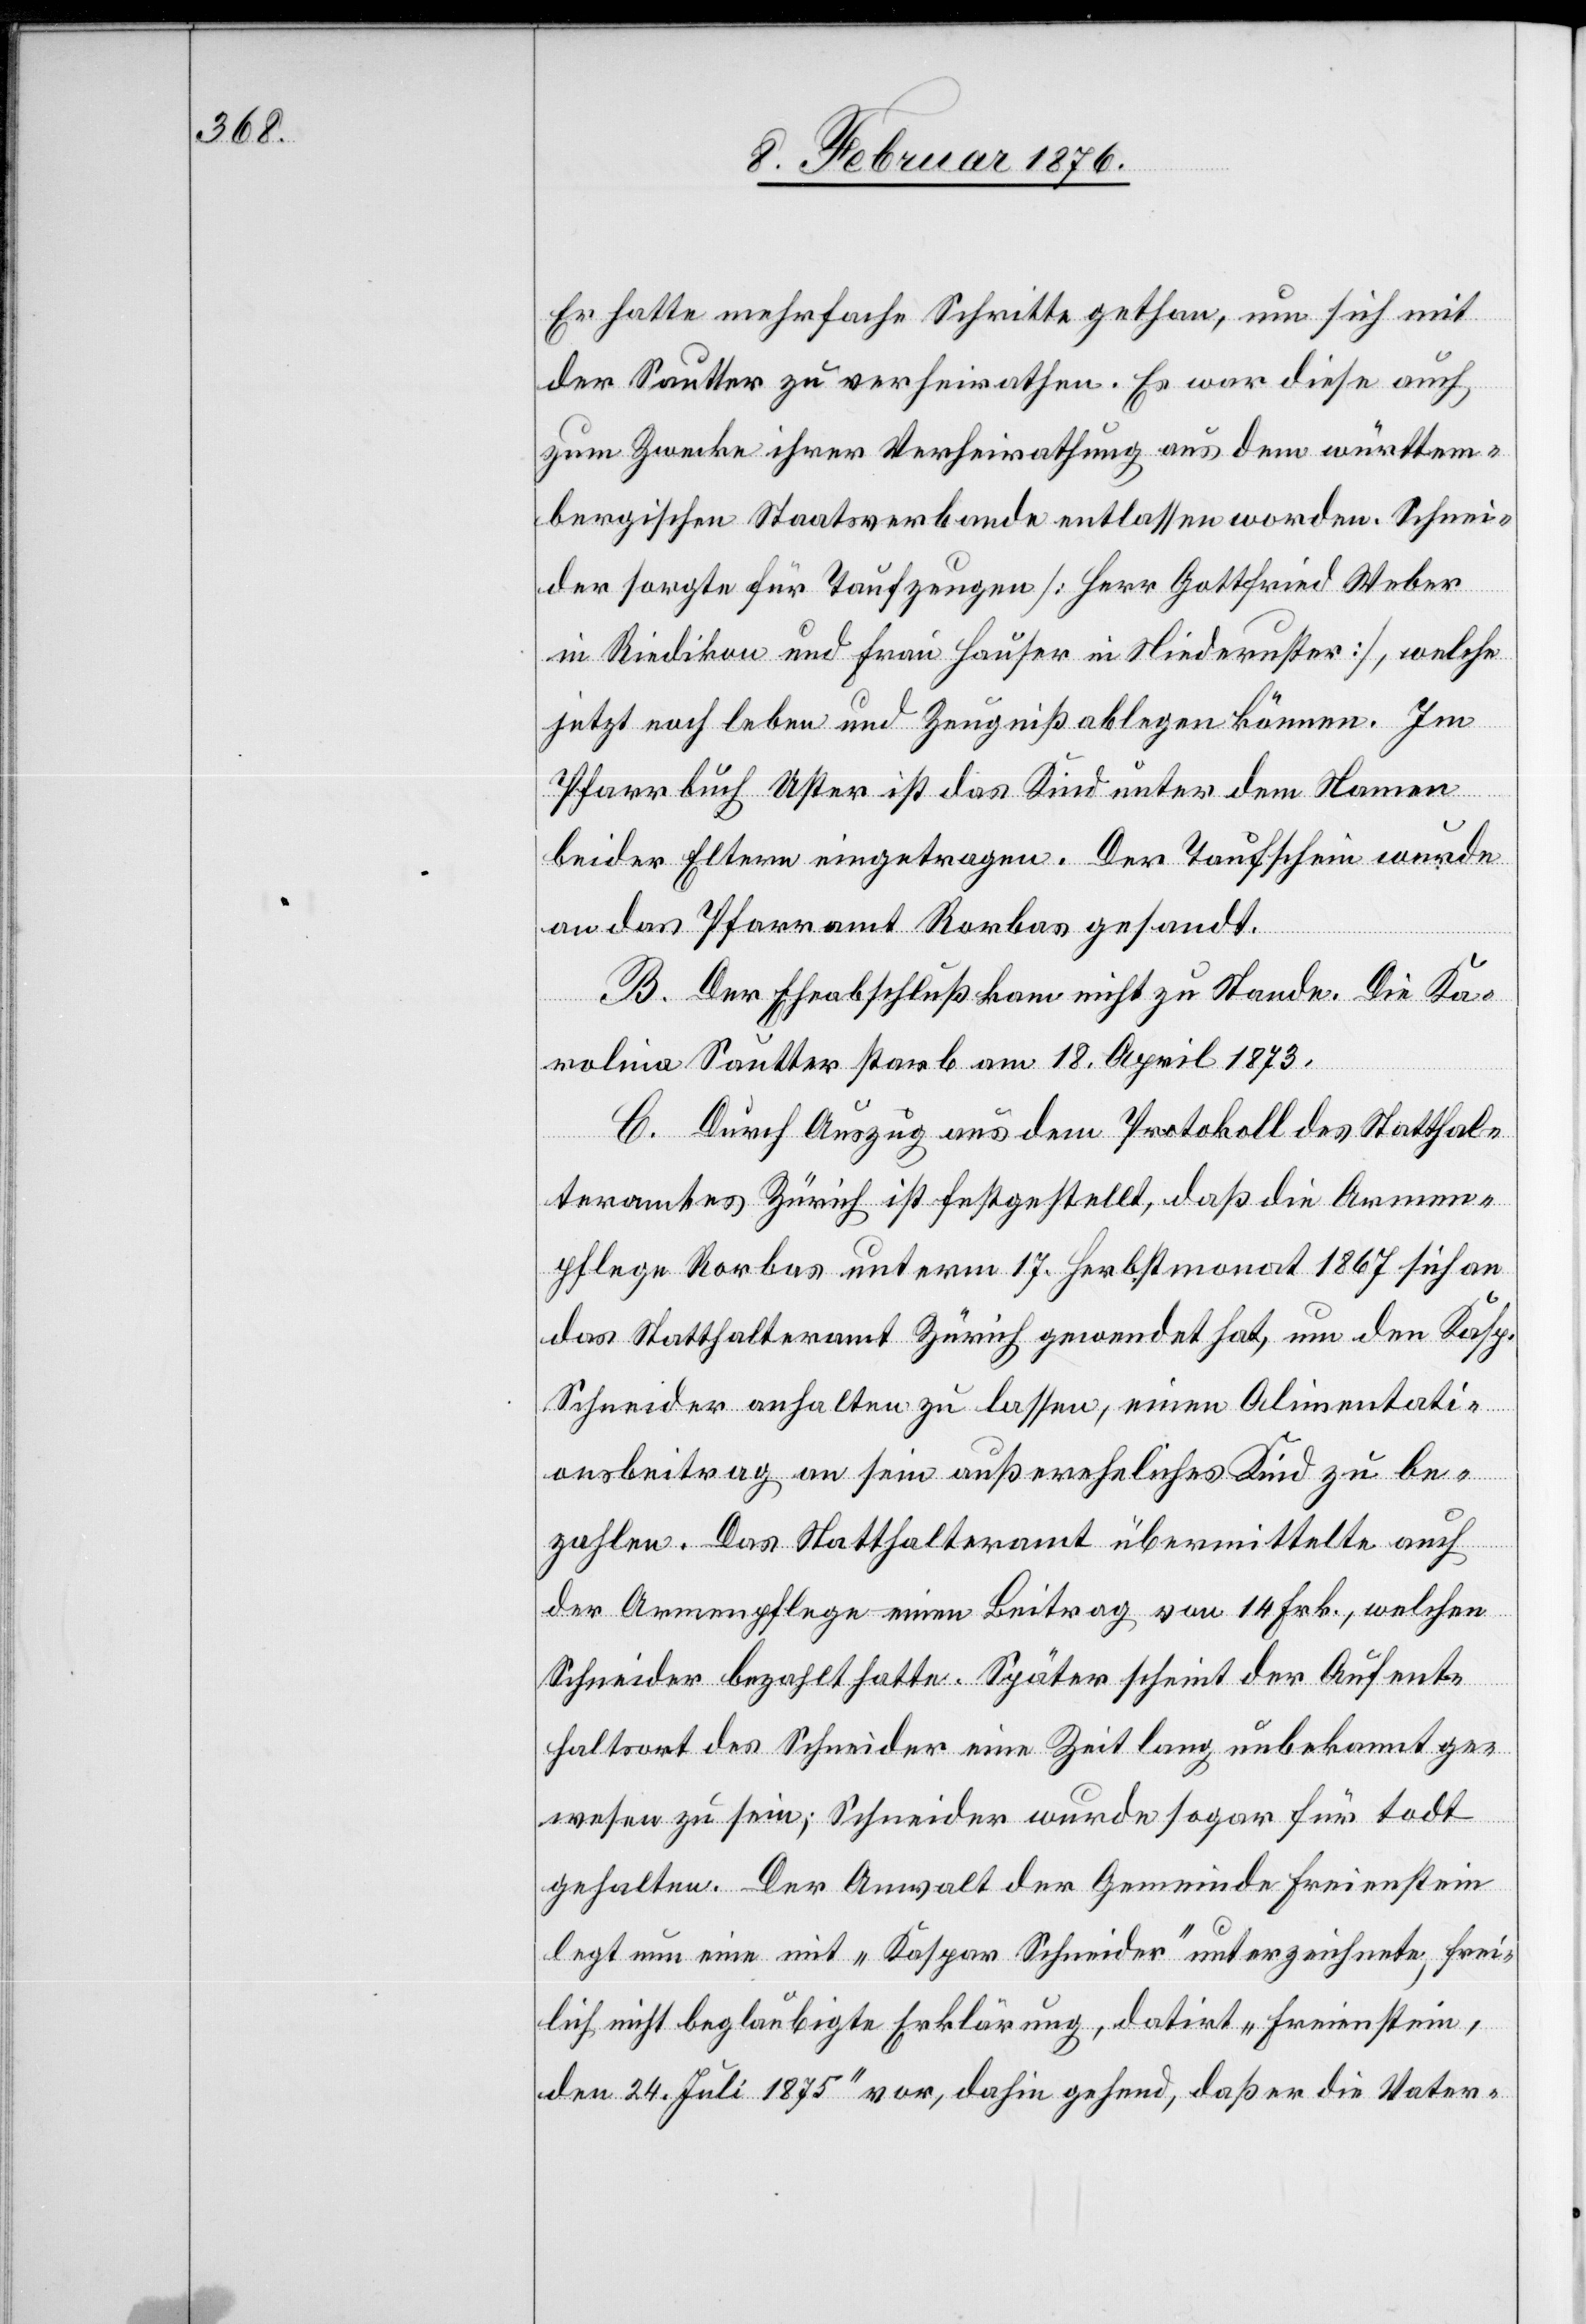
Er hatte mehrfache Schritte gethan um sich mit
der Mutter zu verheirathen. Es war diese auch,
zum Zwecke ihrer Verheirathung aus dem württem¬
bergischen Staatsverbande entlassen worden. Schnei¬
der sorgte für Taufzeugen [Herr Gottfried Weber
in Riedikon und Frau Hauser in Niederuster], welche
jetzt noch leben und Zeugniß ablegen können. Im
Pfarrbuch Uster ist das Kind unter dem Namen
beider Eltern eingetragen. Der Taufschein wurde
an das Pfarramt Rorbas gesandt.
B. Der Eheabschluß kam nicht zu Stande. Die Kar¬
oline
[sic!] Sautter starb am 18. April 1873.
C. Durch Auszug aus dem Protokoll des Statthal¬
teramtes Zürich ist festgestellt, daß die Armen¬
pflege Rorbas unterm 17. Herbstmonat 1867 sich an
das Statthalteramt Zürich gewendet hat, um den Kasp.
Schneider anhalten zu lassen, einen Alimentati¬
onsbeitrag an sein außereheliches Kind zu be¬
zahlen. Das Statthalteramt übermittelte auch
der Armenpflege einen Beitrag von 14 Frk., welchen
Schneider bezahlt hatte. Später scheint der Aufent¬
haltsort des Schneider eine Zeit lang unbekannt ge¬
wesen zu sein; Schneider wurde sogar für todt
gehalten. Der Anwalt der Gemeinde Freienstein
legt nun eine mit „Kaspar Schneider“ unterzeichnete, frei¬
lich nicht beglaubigte Erklärung, datirt „Freienstein,
den 24. Juli 1875“ vor, dahin gehend, daß er die Vater-